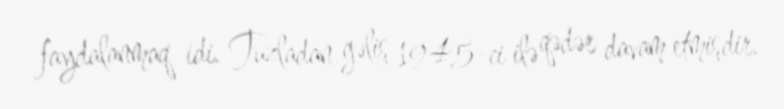
faydalanmaq idi. Tuzladan gəliş 1945-ci ilə qədər davam etmişdir.